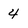
Character: 4